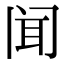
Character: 闻